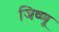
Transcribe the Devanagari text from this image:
जिष्णू